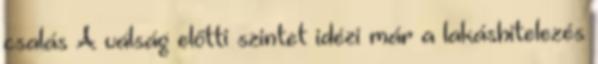
csalás A válság előtti szintet idézi már a lakáshitelezés